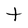
Character: t